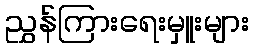
ညွှန်ကြားရေးမှူးများ